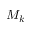
M _ { k }